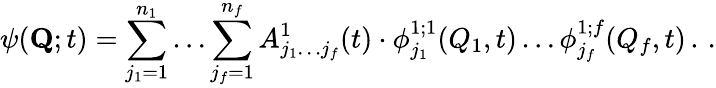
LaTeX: \psi({\mathbf Q};t)=\sum_{j_{1}=1}^{n_{1}}\ldots\sum_{j_{f}=1}^{n_{f}}A_{j_{1}\ldots j_{f}}^{1}(t)\cdot\phi_{j_{1}}^{1;1}(Q_{1},t)\ldots\phi_{j_{f}}^{1;f}(Q_{f},t)\, .\, .